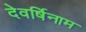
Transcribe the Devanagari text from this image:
देवर्षिनाम